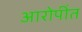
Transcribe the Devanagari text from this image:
आरोपींत